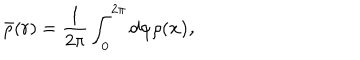
\bar { \rho } ( r ) = \frac { 1 } { 2 \pi } \int _ { 0 } ^ { 2 \pi } d \varphi \rho ( \bf x ) ,